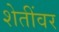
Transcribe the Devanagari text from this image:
शेतींवर